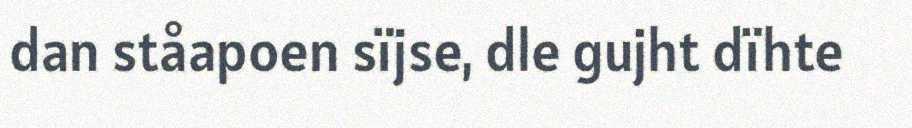
dan ståapoen sïjse, dle gujht dïhte